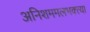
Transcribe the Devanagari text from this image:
अनिशममलभक्त्या